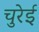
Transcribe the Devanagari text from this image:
चुरेई